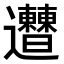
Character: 𨙠